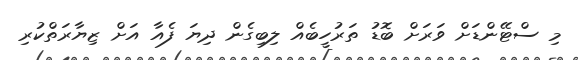
މި ސްޓޭންޑަށް ވަރަށް ބޮޑު ތަރުހީބެއް ލިބިގެން ދިޔަ ފެއާ އަށް ޒިޔާރަތްކުރި